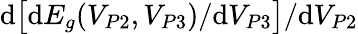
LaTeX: \mathrm{d}\big[\mathrm{d}E_{g}(V_{P2},V_{P3})/\mathrm{d}V_{P3}\big]/\mathrm{d}V_{P2}